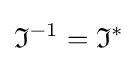
{\mathfrak {I}}^{-1}={\mathfrak {I}}^{*}